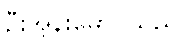
ဦးအုန်းမောင်သည်